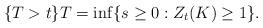
LaTeX: \begin{align*}\{T>t\} T=\inf\{s\geq 0: Z_t(K)\geq 1 \} . \end{align*}